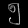
Digit: ၅